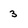
Character: 3